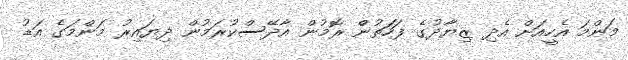
މަންމަ އެހީއަށް އެދި ޒިޔާދުގެ ފަހަަތުންް ރޮމުން އާދޭސްކުރަމުން ދިޔައިރު މަންމަގެ އަޑު